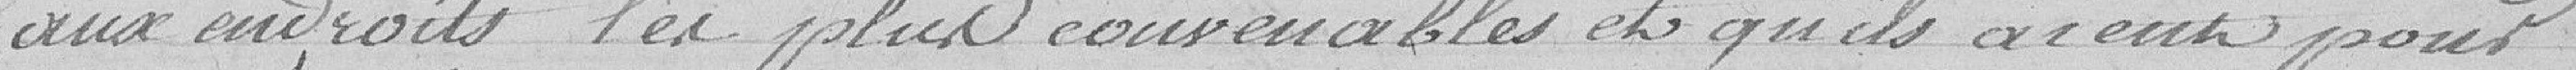
aux endroits les plus convenables et qu'ils aient pour